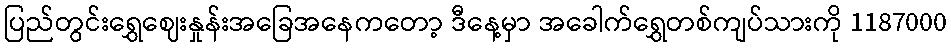
ပြည်တွင်းရွှေဈေးနှုန်းအခြေအနေကတော့ ဒီနေ့မှာ အခေါက်ရွှေတစ်ကျပ်သားကို 1187000